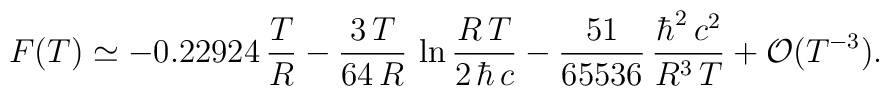
F(T)\simeq-0.22924\,\frac{T}{R}-\frac{3\,T}{64\,R}\,\ln\frac{R\,T}{2\,\hbar\,c}-\frac{51}{65536}\,\frac{\hbar^2\,c^2}{R^3\,T}+{\cal O}(T^{-3}).